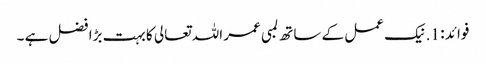
فوائد : 1. نیک عمل کے ساتھ لمبی عمر اللہ تعالی کا بہت بڑا فضل ہے ۔